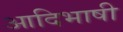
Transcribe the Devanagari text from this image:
आदिभाषी